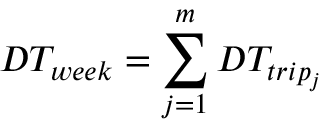
D T _ { w e e k } = \sum _ { j = 1 } ^ { m } D T _ { t r i p _ { j } }